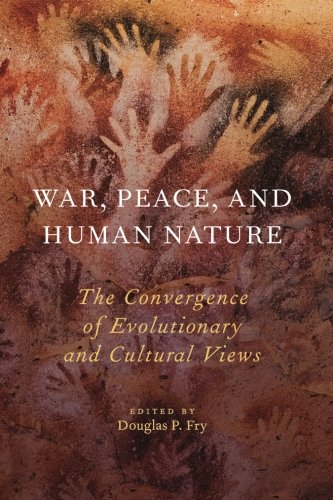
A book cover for War, Peace, and Human Nature: The Convergence of Evolutionary and Cultural Views; Politics & Social Sciences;